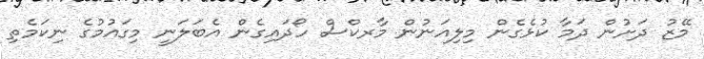
މޭޒު ދަށުން ދަމާ ކުޅެގެން މިލިއަނުން މާރކްސް ހޯދަައިގެން އެބަލަނީ މިގައުމުގެ ނިކަމެތި